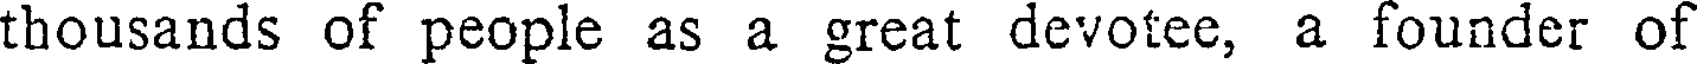
thousands of people as a great devotee, a founder of